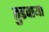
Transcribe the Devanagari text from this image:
तुडवाया